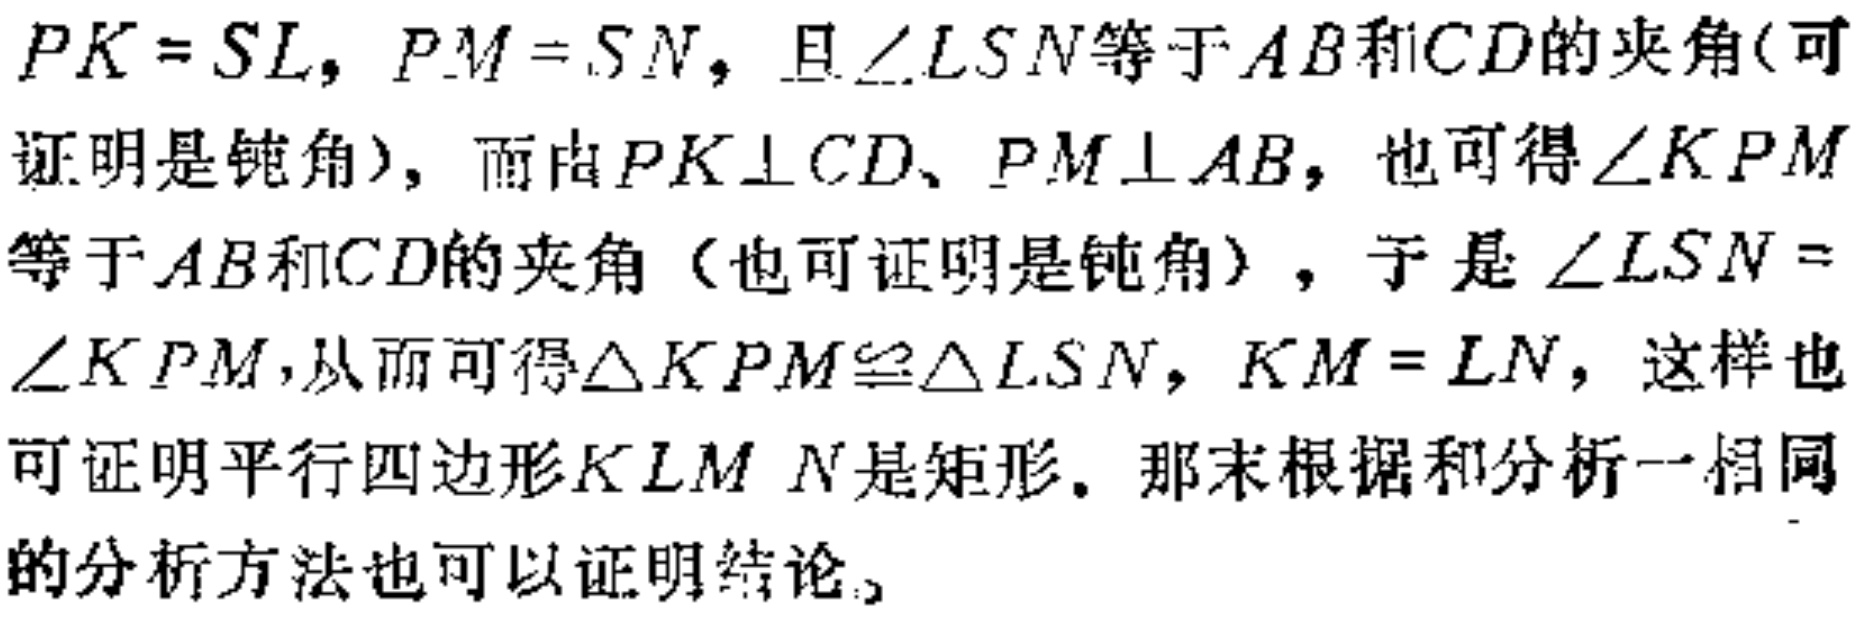
$PK = SL, PM = SN$, 且$\angle LSN$等于$AB$和$CD$的夹角(可证明是钝角)，而由$PK\perp CD$、$PM\perp AB$，也可得$\angle KPM$等于$AB$和$CD$的夹角（也可证明是钝角），于是$\angle LSN = \angle KPM$,从而可得$\triangle KPM\cong\triangle LSN$, $KM = LN$, 这样也可证明平行四边形$KLMN$是矩形. 那末根据和分析一相同的分析方法也可以证明结论。